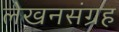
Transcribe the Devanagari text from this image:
लेखनसंग्रह